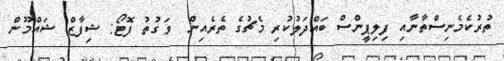
ތުރުކެމެނިސްތާނާއި ފިލިޕީންސް ބައްދަލުކުރި މެޗުގެ ތެރެއިން  ވަގުތު ފޮޓޯ: ޝިފާޒް ޝައްމޫން